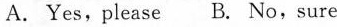
A. Yes,please B. No,sure